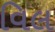
વિલ